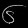
Digit: ၆